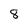
Character: 8